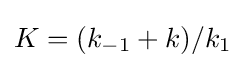
K=(k_{-1}+k)/k_{1}